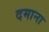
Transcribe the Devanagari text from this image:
दमाना